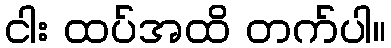
ငါး ထပ်အထိ တက်ပါ။